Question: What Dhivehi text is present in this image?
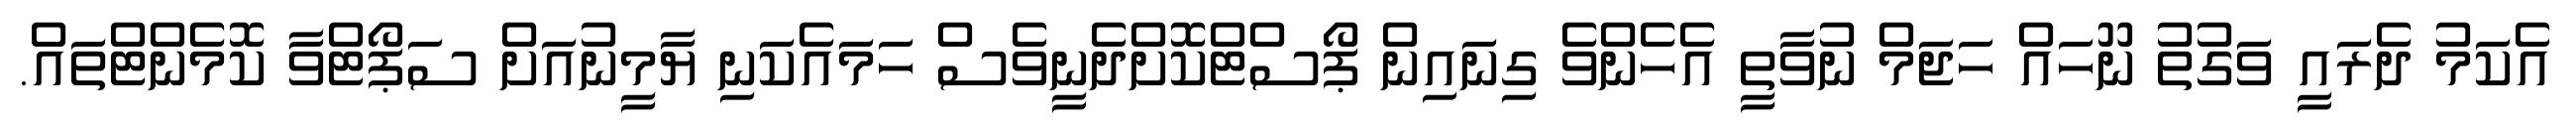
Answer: އެކަމު ދެރައީ ވަގުތު ނޫހައް ހަޖަމް ނުވާތީ އެހެންވެ ގިނައިން ޕޯސްޓްކޮށްދެނީވެސް ހަމައެކަނި ޔާމީނުއަށް ސަޕޯޓްވާ ކޮމެންޓްތައް.